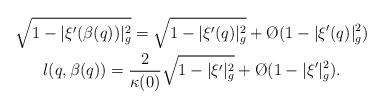
LaTeX: \begin{gather*} \sqrt{1-|\xi'(\beta(q))|^2_g}=\sqrt{1-|\xi'(q)|^2_g}+\O{}(1-|\xi'(q)|_g^2)\\l(q,\beta(q))=\frac{2}{\kappa(0)}\sqrt{1-|\xi'|_g^2}+\O{}(1-|\xi'|_g^2). \end{gather*}